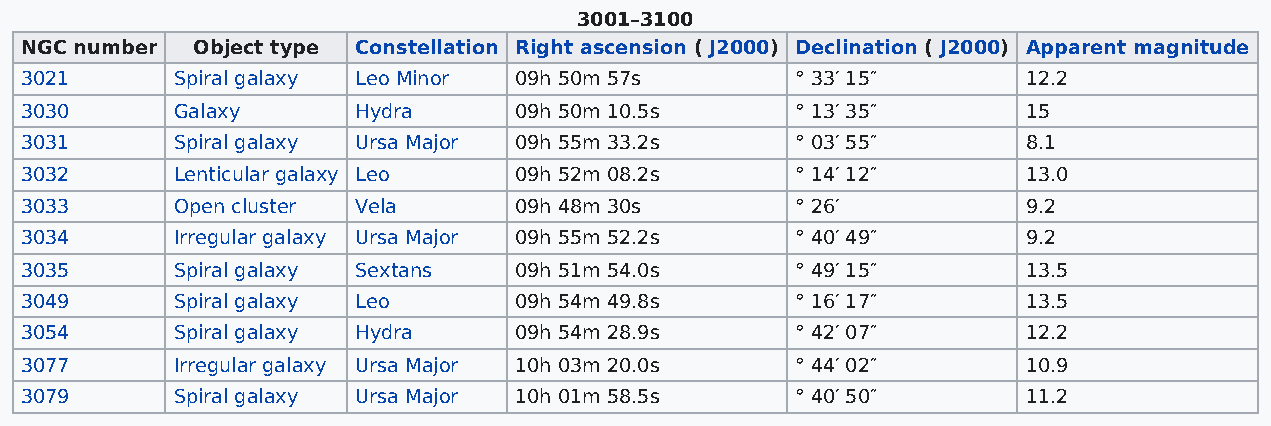
3001–3100
 NGC number  Object type Constellation Right ascension ( J2000) Declination ( J2000) Apparent magnitude
 3021      Spiral galaxy Leo Minor 09h 50m 57s       ° 33′ 15″      12.2
 3030      Galaxy       Hydra     09h 50m 10.5s      ° 13′ 35″      15
 3031      Spiral galaxy Ursa Major 09h 55m 33.2s    ° 03′ 55″      8.1
 3032      Lenticular galaxy Leo  09h 52m 08.2s      ° 14′ 12″      13.0
 3033      Open cluster Vela      09h 48m 30s        ° 26′          9.2
 3034      Irregular galaxy Ursa Major 09h 55m 52.2s ° 40′ 49″      9.2
 3035      Spiral galaxy Sextans  09h 51m 54.0s      ° 49′ 15″      13.5
 3049      Spiral galaxy Leo      09h 54m 49.8s      ° 16′ 17″      13.5
 3054      Spiral galaxy Hydra    09h 54m 28.9s      ° 42′ 07″      12.2
 3077      Irregular galaxy Ursa Major 10h 03m 20.0s ° 44′ 02″      10.9
 3079      Spiral galaxy Ursa Major 10h 01m 58.5s    ° 40′ 50″      11.2